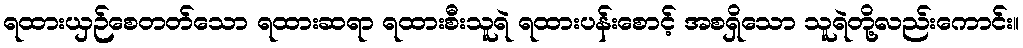
ရထားယှဉ်စေတတ်သော ရထားဆရာ ရထားစီးသူရဲ ရထားပန်းစောင့် အစရှိသော သူရဲတို့လည်းကောင်း။